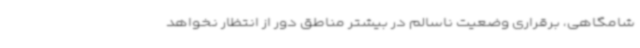
شامگاهی، برقراری وضعیت ناسالم در بیشتر مناطق دور از انتظار نخواهد